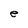
Character: e